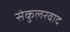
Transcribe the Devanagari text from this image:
सेकुलरवाद